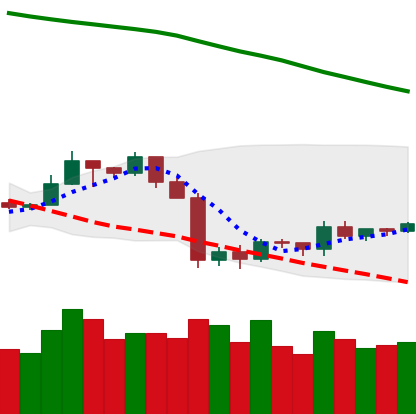
Ticker: TRX-USD
Chart end date: 2019-10-04
Forward return: 15.475%
Label: up_7plus